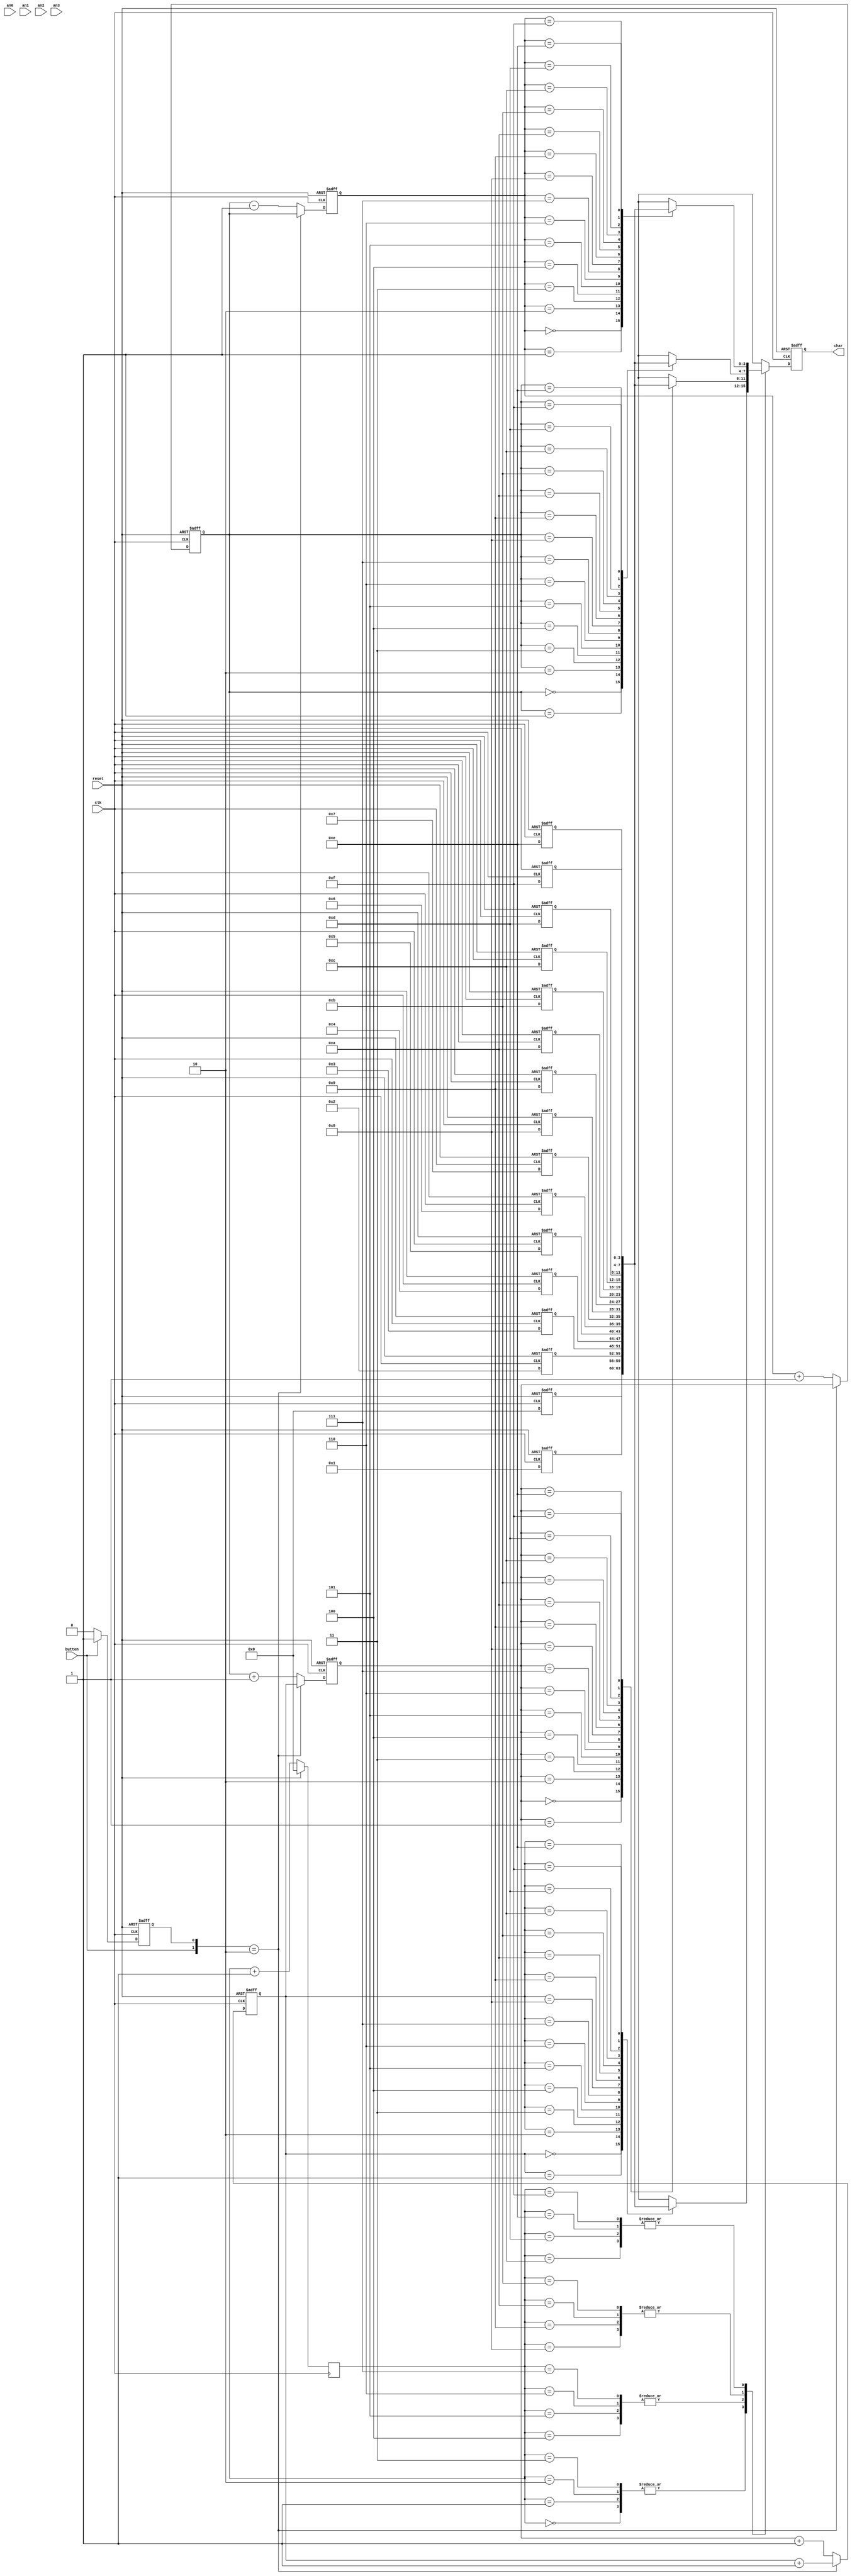
`timescale 1ns / 1ps

module memory(clk, reset, button, an0, an1, an2, an3, char);

input clk, reset, button, an0, an1, an2, an3;
output reg [3:0] char;
reg [3:0] count0, count1, count2, count3;
reg button_check;
reg [3:0] message [0:15];

/*initialize message*/
always@ (posedge clk or posedge reset)
begin
	if(reset) begin
		message[0] <= 4'b0000;
		message[1] <= 4'b0001;
		message[2] <= 4'b0010;
		message[3] <= 4'b0011;
		message[4] <= 4'b0100;
		message[5] <= 4'b0101;
		message[6] <= 4'b0110;
		message[7] <= 4'b0111;
		message[8] <= 4'b1000;
		message[9] <= 4'b1001;
		message[10] <= 4'b1010;
		message[11] <= 4'b1011;
		message[12] <= 4'b1100;
		message[13] <= 4'b1101;
		message[14] <= 4'b1110;
		message[15] <= 4'b1111;
	end
	else begin
		message[0] <= 4'b0000;
		message[1] <= 4'b0001;
		message[2] <= 4'b0010;
		message[3] <= 4'b0011;
		message[4] <= 4'b0100;
		message[5] <= 4'b0101;
		message[6] <= 4'b0110;
		message[7] <= 4'b0111;
		message[8] <= 4'b1000;
		message[9] <= 4'b1001;
		message[10] <= 4'b1010;
		message[11] <= 4'b1011;
		message[12] <= 4'b1100;
		message[13] <= 4'b1101;
		message[14] <= 4'b1110;
		message[15] <= 4'b1111;

	end
end

/*Set button check 1 after a cycle of when button becomes 1*/
always @ (posedge clk or posedge reset)  begin
    if(reset) begin
        button_check<=1'b0;
    end
    else begin
        if(button)
            button_check<=1'b1;
        else
            button_check<=1'b0;
    end
end

/*Increase the count values depending on when the {button, button check} condition is met*/
always@ (posedge clk or posedge reset) begin
    if(reset) begin
        count0 <= 4'b0000;
        count1 <= 4'b0001;
        count2 <= 4'b0010;
        count3 <= 4'b0011;
    end
    else begin
        case({button, button_check}) 
        2'b10:
            begin 
                count3 <= count3 + 4'b0001;
                count2 <= count3;
                count1 <= count2;
                count0 <= count1;
			end
        default: 
			begin 
				count3 <= count2+4'b0001;
				count2 <= count1+4'b0001;
                count1 <= count0+4'b0001;
                count0 <= count1-4'b0001;
			end
        endcase
   end
end

reg [3:0] char0, count;//, out;

always@ (posedge clk)
begin
	if(reset == 1)
        begin
            //initialize the counter's value
            count <= 4'b0000;
        end
        else 
        begin
            // raise counter
            count <= count + 4'b0001;
        end
end


always@ (posedge clk or posedge reset) begin
	if (reset == 1'b1) begin
		char <= 4'b1111;
    end
    else  begin
		case(count)
		4'b0000: char <= message[count3]; // anode 0 will turn on
		4'b0001: char <= message[count3]; // anode 0 will turn on
		4'b0010: char <= message[count3]; // anode 0 will turn on
		4'b0011: char <= message[count3]; // anode 1 will turn on
		4'b0100: char <= message[count2]; // anode 1 will turn on
		4'b0101: char <= message[count2]; // anode 1 will turn on
		4'b0110: char <= message[count2]; // anode 1 will turn on
		4'b0111: char <= message[count2]; // anode 2 will turn on
		4'b1000: char <= message[count1]; // anode 2 will turn on
		4'b1001: char <= message[count1]; // anode 2 will turn on
		4'b1010: char <= message[count1]; // anode 2 will turn on
		4'b1011: char <= message[count1]; // anode 3 will turn on
		4'b1100: char <= message[count0]; // anode 3 will turn on
		4'b1101: char <= message[count0]; // anode 3 will turn on
		4'b1110: char <= message[count0]; // anode 3 will turn on
		4'b1111: char <= message[count0]; // anode 0 will turn on
		default: char <= 4'b1111;
		endcase
    end
end

endmodule